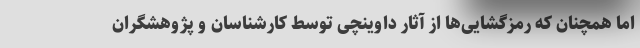
اما همچنان که رمزگشایی‌ها از آثار داوینچی توسط کارشناسان و پژوهشگران